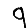
Digit: 9